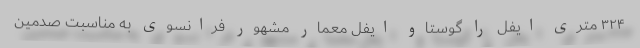
۳۲۴ متری ایفل را گوستاو ایفل معمار مشهور فرانسوی به مناسبت صدمین